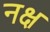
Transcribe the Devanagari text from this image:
नक्ष